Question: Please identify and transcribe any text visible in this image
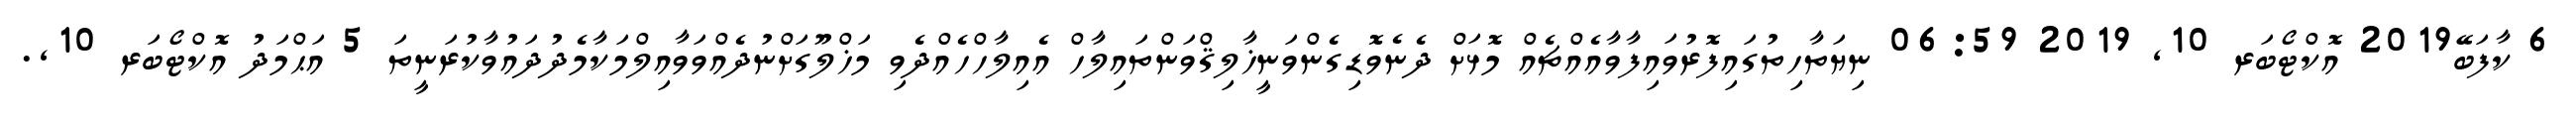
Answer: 6 ކާފަބޭ2019 އޮކްޓޯބަރ 10, 2019 06:59 ނިޔަތާހިތުގައިފޮރުވައިފާވާއެއްޗެއް މޮޅަށް ދެނެވޮޑިގެންވަނީޚާލިޤްވަންތައިލާހް އެއިލާހްހެއްދެވި މަޚްލޫގަށްނުދެއްވަވާއިލްމަކާމެދުދައުވާކުރަނީތަ 5 އަޙްމަދު އޮކްޓޯބަރ 10,.